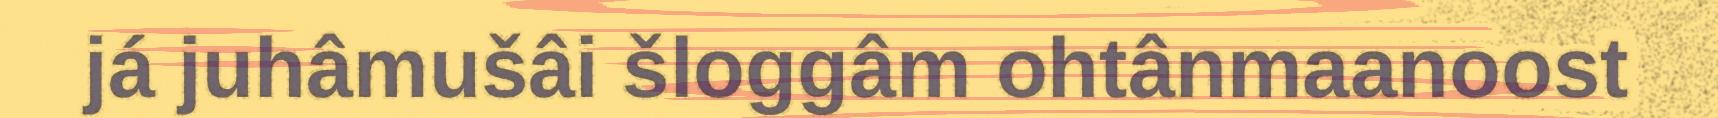
já juhâmušâi šloggâm ohtânmaanoost